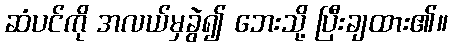
ဆံပင်ကို အလယ်မှခွဲ၍ ဘေးသို့ ပြီးချထား၏။